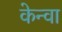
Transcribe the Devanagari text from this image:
केन्वा